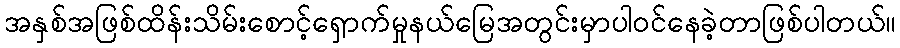
အနှစ်အဖြစ်ထိန်းသိမ်းစောင့်ရှောက်မှုနယ်မြေအတွင်းမှာပါဝင်နေခဲ့တာဖြစ်ပါတယ်။